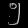
Digit: ၅